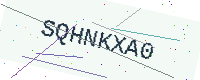
Text: SQHNKXA0